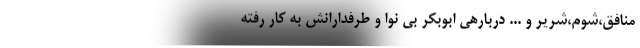
منافق،شوم،شریر و ... دربارهی ابوبکر بی نوا و طرفدارانش به کار رفته